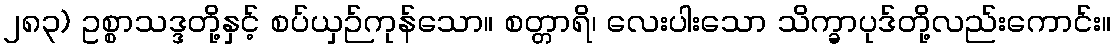
၂၈၃) ဥစ္စာသဒ္ဒတို့နှင့် စပ်ယှဉ်ကုန်သော။ စတ္တာရိ၊ လေးပါးသော သိက္ခာပုဒ်တို့လည်းကောင်း။